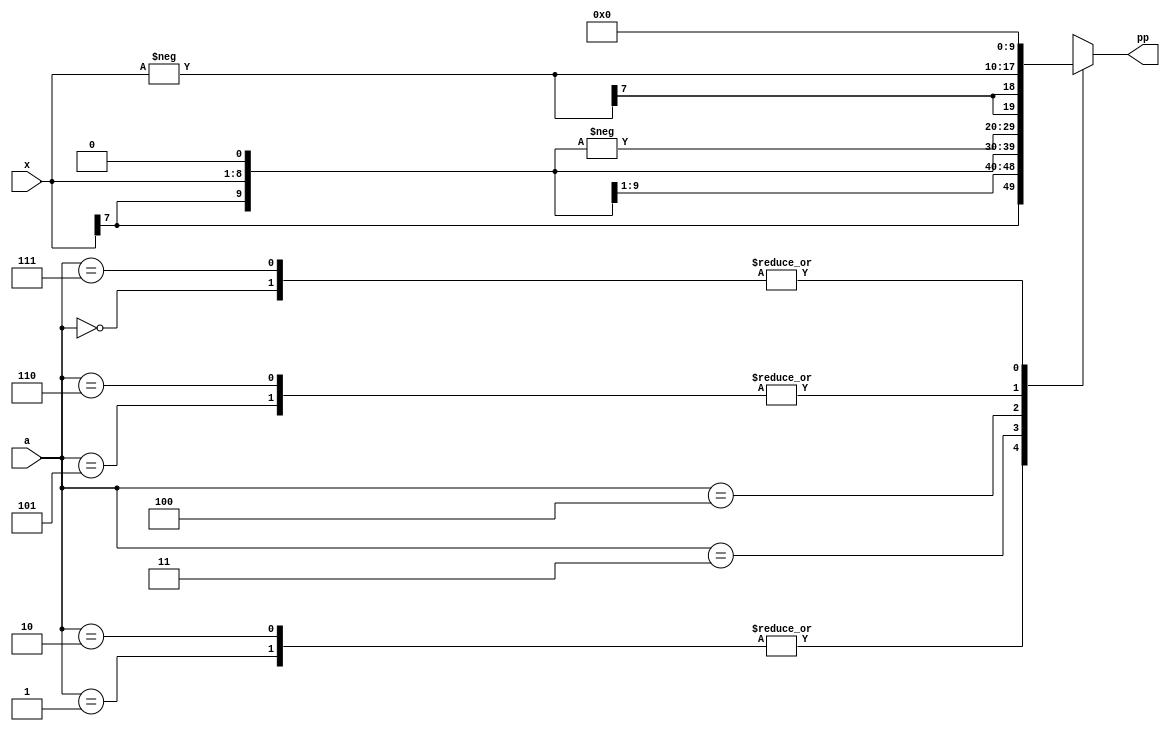
// This is the code of improved booth multiplier where the setup slack is 3.47 ns 
// Hence min Tclk = 10n - 3.47n = 6.53ns
// So the max clock frequency is 1/6.53n = 153.139MHz.
// Here the idea is use the zero padding of the partial products at the same time rather than doing them one by one.
// This has resulted in  increased clock frequency. 


`timescale 1ns/1ps
module genPP(a,x,pp);
input  [2:0]   a;     // register to store 3 bits of the mutiplicand based on which Partial product is generated
input  [7:0]   x;     // register to store the multiplcand
output reg [9:0] pp;  // 10 bit register to store the partial product (10 bits helps us handle corner cases)
reg [9:0] temp;       // register to hold temporary values
reg [7:0] temp1;      // register to hold temporary values

always@(*)
  begin
     case(a)
       3'b000: pp[9:0] = {10{1'b0}};      // 0
       3'b001: pp[9:0] = {{2{x[7]}},x};   // x with 2 bits sign extension
       3'b010: pp[9:0] = {{2{x[7]}},x};   // x with 2 bits sign extension
       3'b011: pp[9:0] = {x[7],x,1'b0};   // 2x with 1 bit sign extension
       3'b100:
          begin
               temp = {x[7],x,1'b0};   // 2x
               pp   = -temp;           // -2x ('-' in veriilog will take 2's complement)
          end
       3'b101:
          begin
               temp1   = -x;
               pp[9:0] = {{2{temp1[7]}} , temp1};
          end
       3'b110:
          begin
               temp1   = -x;
               pp[9:0] = {{2{temp1[7]}} , temp1};    // -x
          end               
       3'b111: pp = {10{1'b0}};                 // 0
      default: pp = {10{1'b0}};
     endcase
  end
  
endmodule


module booth_multiplier(x,y,clk,rst,result_reg,carry_reg);
  input [7:0]  x;    // register to store the multiplicand
  input [7:0]  y;    // register to store the multiplier
  input clk,rst;     // wires that are driven by clk and reset signals
  output reg  [15:0] result_reg;   // register to store the final result
  output reg  carry_reg;           // register to store the carry of the final result
  
  // 10 bit wires to denote the temporary partial products
  // Having it as 10 bits will help us avoid losing the MSB with Left Shifting
  // When MSB of 1 is left shifted and if it is lost, we may end up with wrong results
  wire [9:0] pp0_temp , pp1_temp , pp2_temp , pp3_temp;
  
  reg [7:0] x_reg,y_reg;       // 8 bit registers to hold the mulitplicand and the multiplier values
  reg [15:0] pp0, pp1,pp2,pp3; // 16 bit register to store the complete partial products with sign extension at MSB and zero padding at the LSB
  reg [15:0] result_comb;   // register to store the result. Computation done in combinational always block
  reg carry_comb; // register to store the carry. Computation done in combinational always block
  
  
  //module instantiations to generate the partial products without sign extension at the MSB and zero padding at the LSB
  genPP G (.a({y_reg[1:0],1'b0}) , .x(x_reg) , .pp(pp0_temp));
  genPP U (.a( y_reg[3:1]   )    , .x(x_reg) , .pp(pp1_temp));
  genPP H (.a( y_reg[5:3]   )    , .x(x_reg) , .pp(pp2_temp));
  genPP A (.a( y_reg[7:5]   )    , .x(x_reg) , .pp(pp3_temp));
  
  always@(posedge clk)
    begin
       if(rst == 0)               // Reset all the input and output registers
         begin
           x_reg   <= 8'b0;
           y_reg   <= 8'b0;
           result_reg  <= 16'b0;
           carry_reg   <= 1'b0;
         end
       else                      // Load all the input and the output registers with appropriate values
         begin
            x_reg <= x;
            y_reg <= y;
           {carry_reg , result_reg} <= {carry_comb,result_comb};          
         end
    end
  
  // Since all the partial products can be computed parallely, we have used separate always blocks here.
  // all the always blocks will begin execution at time t = 0
  // So the computation of partial products will take place in a parallel manner. 
  // The following set of changes has helped us improve the clock frequency from 100MHz to roughly 150MHz.
  
  always@(*)  pp0 = { {6{pp0_temp[9]}} , pp0_temp};                  // 6 bits at MSB for sign extension and zero bits at LSB for zero padding
  always@(*)  pp1 = { {4{pp1_temp[9]}} , pp1_temp , {2{1'b0}}};      // 4 bits at MSB for sign extension and two  bits at LSB for zero padding
  always@(*)  pp2 = { {2{pp2_temp[9]}} , pp2_temp , {4{1'b0}}};      // 2 bits at MSB for sign extension and four bits at LSB for zero padding
  always@(*)  pp3 = { pp3_temp , {6{1'b0}}};                         // six  bits at LSB for zero padding
  always@(*)  {carry_comb,result_comb} = pp0 + pp1+pp2+pp3;          // adding and saving the result
endmodule